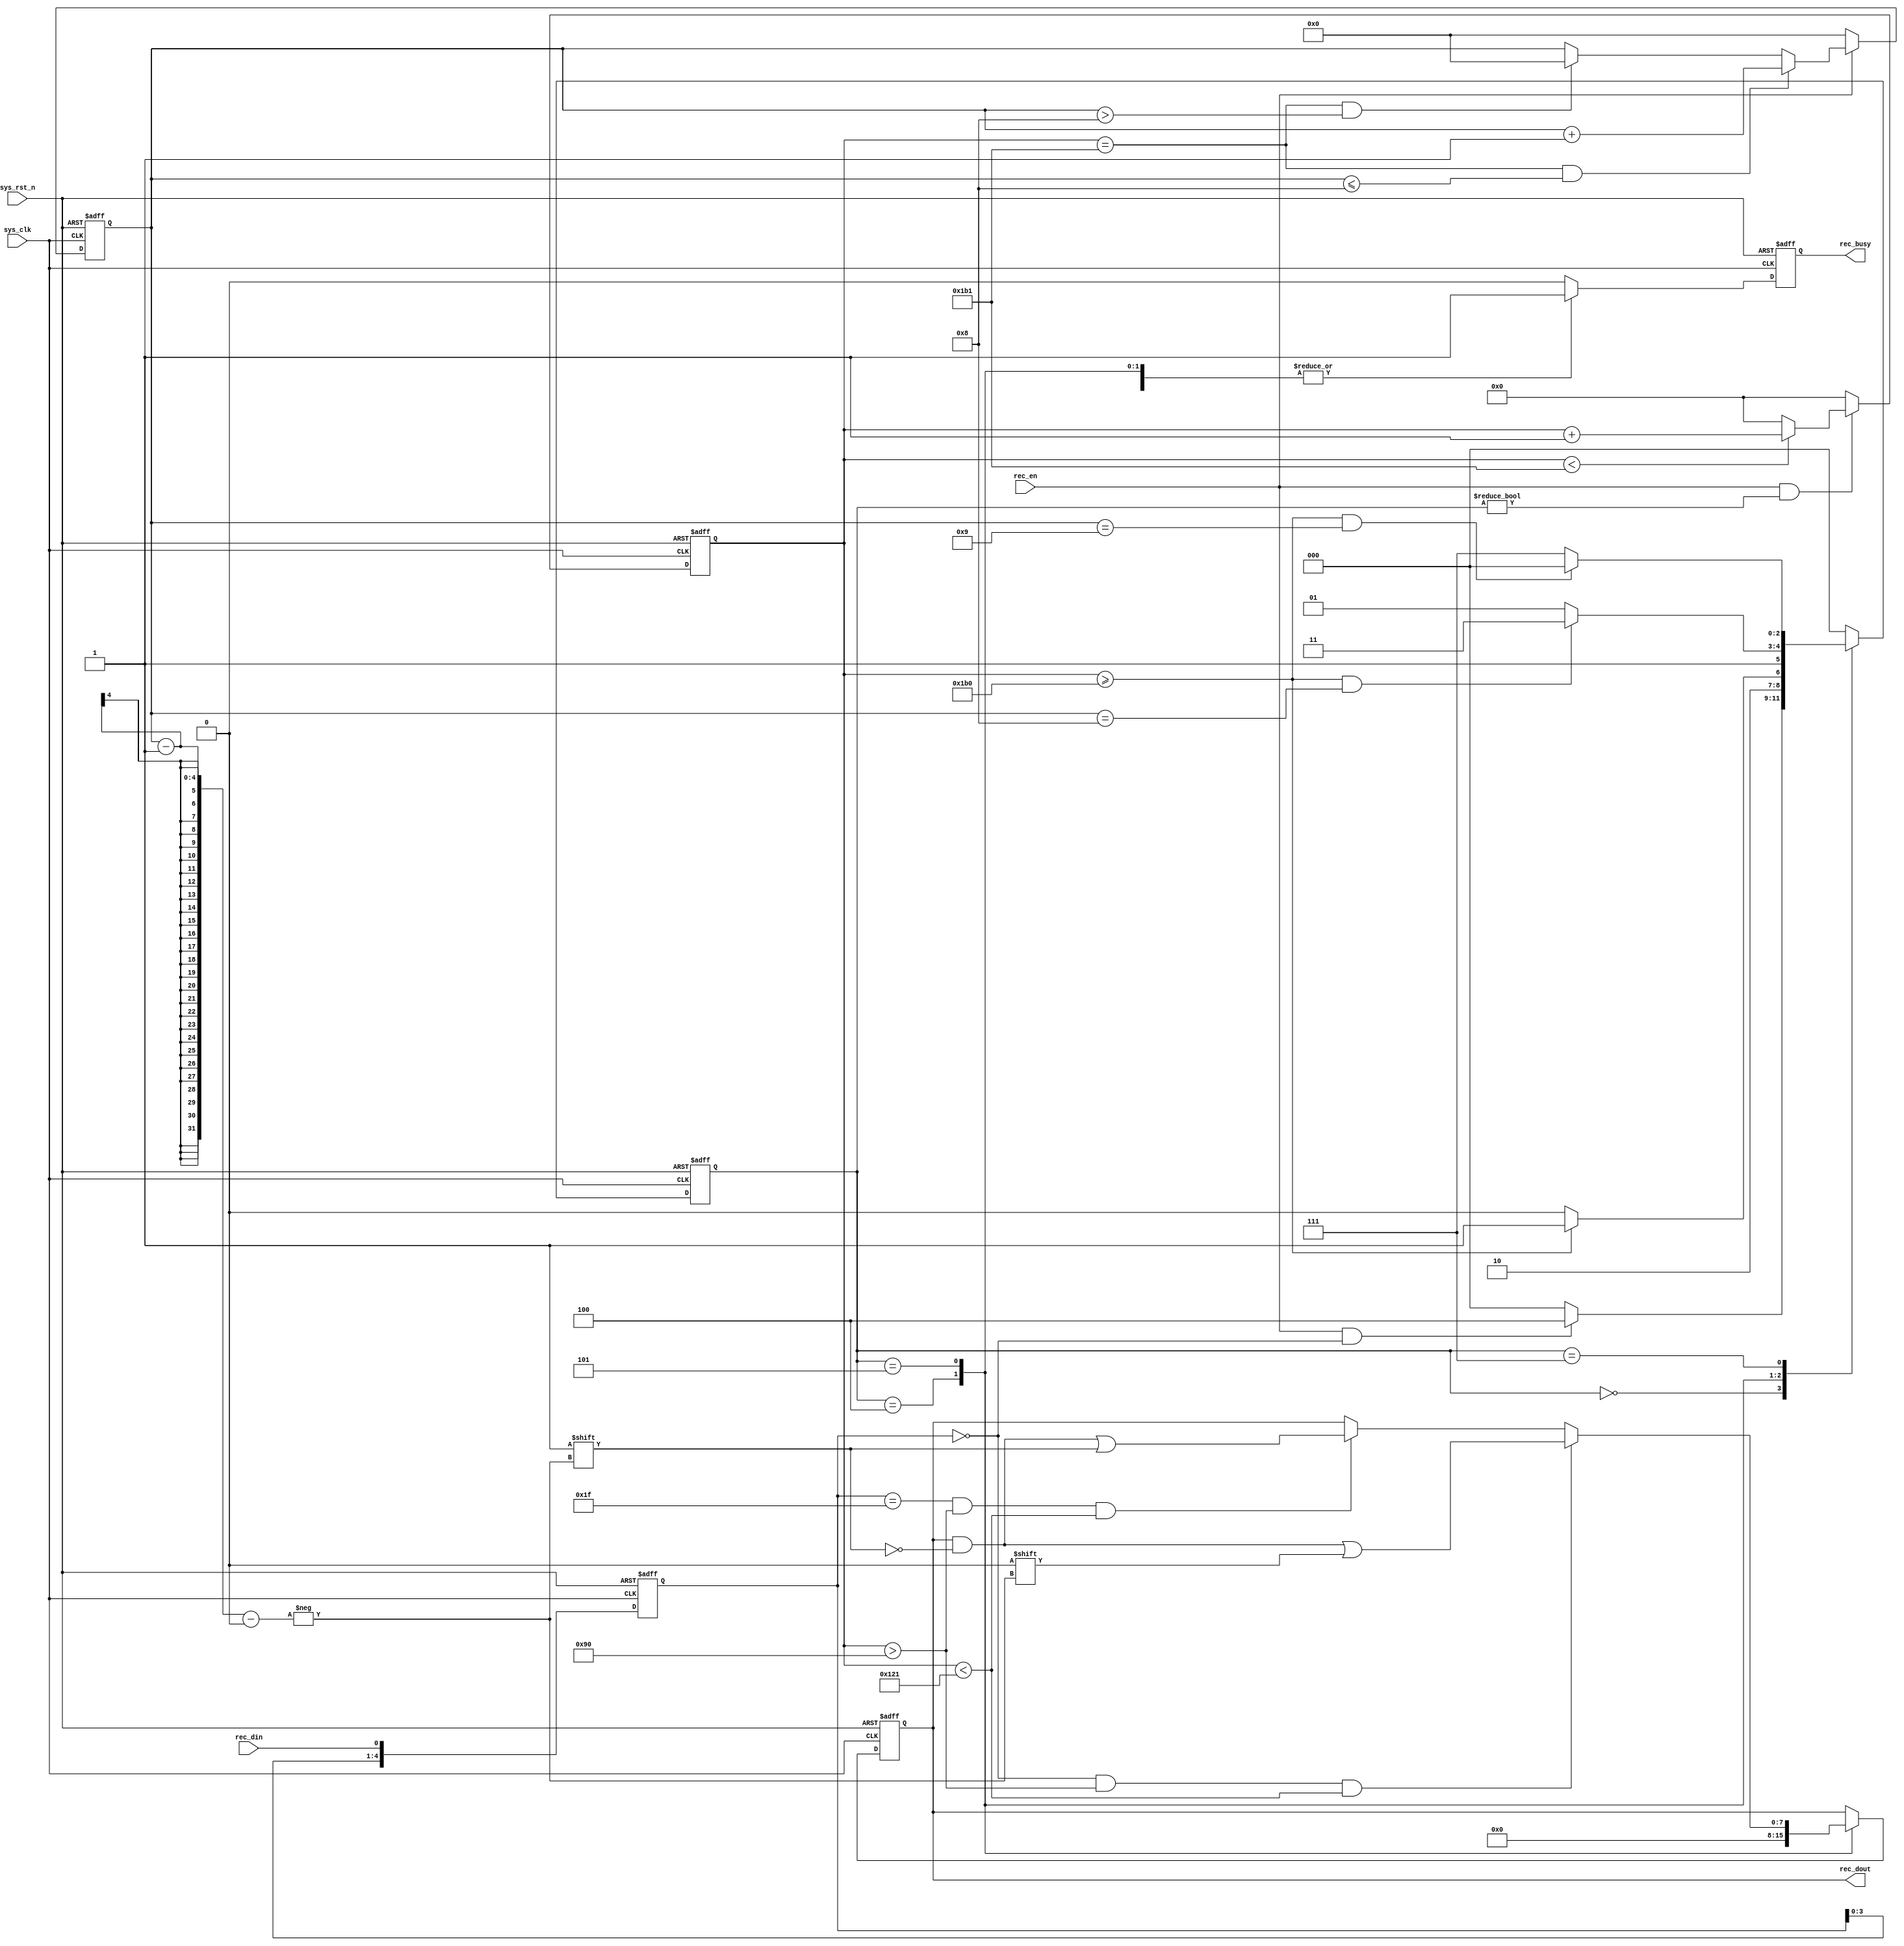
`timescale 1ns/1ps

module uart_recv 
#(
    parameter CLK_FREQ = 50000000,
    parameter UART_BPS = 115200//
)
(
    input            sys_clk,
    input            sys_rst_n,
    input            rec_din,
    input            rec_en,

    output reg [7:0] rec_dout,
    output reg       rec_busy

);

localparam BPS_CNT = CLK_FREQ/UART_BPS; //localparam 

//reg [7:0]   rec_dout;
reg [3:0]   rec_cnt; //bit
reg [15:0]  clk_cnt; //

reg   [4:0] rec_reg_5;

localparam STATE_IDLE    = 3'b000;//
localparam STATE_START   = 3'b100;//
localparam STATE_DATA    = 3'b101;//
localparam STATE_STOP    = 3'b111;//

reg [2:0] current_state;
reg [2:0] next_state;

/******************rec_reg_5***************************/
always @(posedge sys_clk or negedge sys_rst_n) begin
    if(!sys_rst_n)
        rec_reg_5 <= 5'b11111;
    else
        rec_reg_5 <= {rec_reg_5[3:0], rec_din};
end

/********************clk_cnt**************************/
//
always @(posedge sys_clk or negedge sys_rst_n) begin
    if(!sys_rst_n)
        clk_cnt <= 9'b0;
    else if(rec_en && current_state != STATE_IDLE)begin
        if(clk_cnt < BPS_CNT-1) //1bit
            clk_cnt <= clk_cnt + 1'b1;
        else 
            clk_cnt <= 9'b0;
    end
    else begin
        clk_cnt <= 9'b0;
    end
end
/*******************rec_cnt**************************/
//bit
always @(posedge sys_clk or negedge sys_rst_n) begin
    if(!sys_rst_n)begin
        rec_cnt <= 4'b0;
    end
    else if(rec_en)begin
        if(clk_cnt == BPS_CNT - 1 && rec_cnt <= 8)
            rec_cnt <= rec_cnt + 1'b1;
        else if(clk_cnt == BPS_CNT - 1 && rec_cnt > 8)
            rec_cnt <= 4'b0;
        else
            rec_cnt <= rec_cnt;
    end
    else begin
        rec_cnt <= 4'b0;

    end

end

/*******************MEALY 1***********************/
always @(posedge sys_clk or negedge sys_rst_n) begin
    if(!sys_rst_n)
        current_state <= STATE_IDLE;
    else
        current_state <= next_state; //
end
/********************MEALY 2**********************/
always@(*)begin
    case (current_state)
        STATE_IDLE: 
            if(rec_en && rec_reg_5 == 5'b0)
                next_state = STATE_START;
            else
                next_state = STATE_IDLE;
        STATE_START: 
            if(clk_cnt >= BPS_CNT - 2)
                next_state = STATE_DATA;
            else
                next_state = STATE_START; 
        STATE_DATA: 
            if(clk_cnt >= BPS_CNT - 2 && rec_cnt == 8)
                next_state = STATE_STOP;
            else
                next_state = STATE_DATA;
        STATE_STOP: 
            if(clk_cnt >= BPS_CNT - 2 && rec_cnt == 9)
                next_state = STATE_IDLE;
            else
                next_state = STATE_STOP;
        default: next_state = STATE_IDLE;
    endcase
end
/********************MEALY 3***********************/
always @(posedge sys_clk or negedge sys_rst_n) begin
    if(!sys_rst_n)begin
        rec_busy <= 1'b0;          
        rec_dout <= 8'b0;           
    end
    else
        case (current_state)
            STATE_IDLE: begin
                rec_busy <= 1'b0;   //0
                rec_dout <= rec_dout;        //1
            end
            STATE_START: begin
                rec_busy <= 1'b1;   //
                rec_dout <= 8'b0;        //
            end
            STATE_DATA: begin
                rec_busy <= 1'b1;
                if(rec_reg_5 == 5'b0 && clk_cnt > BPS_CNT/3 && clk_cnt < BPS_CNT*2/3)
                    rec_dout[rec_cnt-1] <= 1'b0;
                else if(rec_reg_5 == 5'b11111 && clk_cnt > BPS_CNT/3 && clk_cnt < BPS_CNT*2/3)
                    rec_dout[rec_cnt-1] <= 1'b1;
                else
                    rec_dout <= rec_dout;
            end
            STATE_STOP: begin 
                rec_busy <= 1'b1;
                rec_dout <= rec_dout;
            end
            default: begin
                rec_busy <= 1'b0;
                rec_dout <= rec_dout;
            end
        endcase
end

endmodule